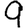
Digit: 9